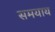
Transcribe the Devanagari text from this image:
समयाय